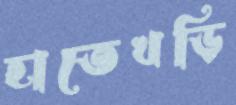
হাতেখড়ি